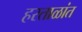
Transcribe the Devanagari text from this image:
हरताळांत